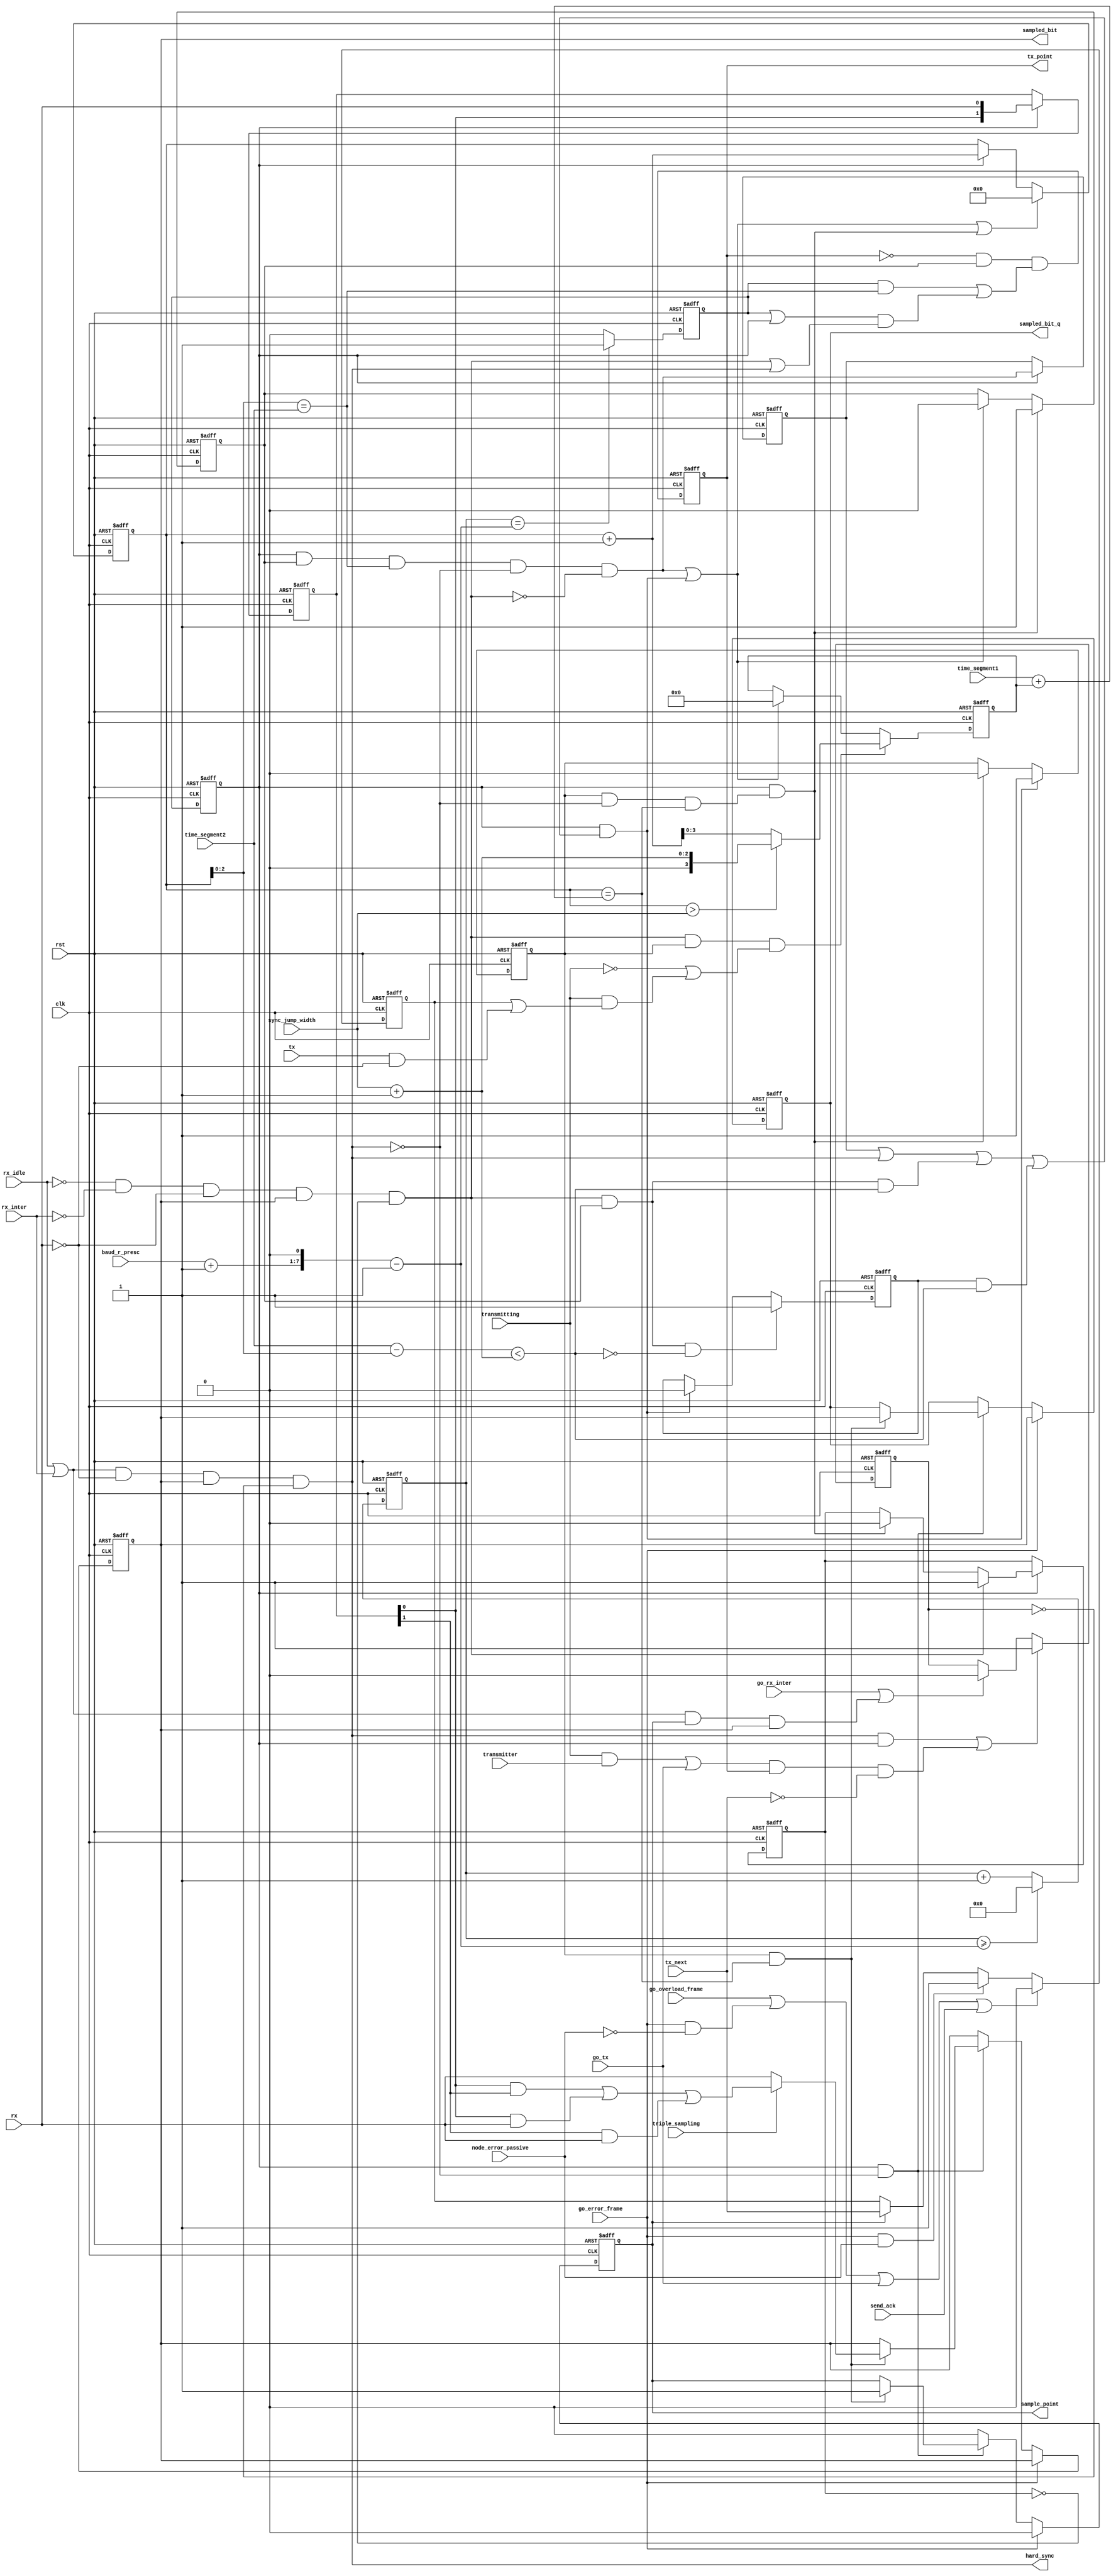
module can_btl( 
	input wire clk,
	input wire rst,
	input wire rx,
	input wire tx,

	/* Bus Timing 0 register */
	input wire [5:0] baud_r_presc,
	input wire [1:0] sync_jump_width,

	/* Bus Timing 1 register */
	input wire [3:0] time_segment1,
	input wire [2:0] time_segment2,
	input wire triple_sampling,

	/* Output signals from this module */
	output reg sample_point,
	output reg sampled_bit,
	output reg sampled_bit_q,
	output reg tx_point,
	output wire hard_sync,

	/* From can_bsp module */
	input wire rx_idle,
	input wire rx_inter,
	input wire transmitting,
	input wire transmitter,
	input wire go_rx_inter,
	input wire tx_next,

	input wire go_overload_frame,
	input wire go_error_frame,
	input wire go_tx,
	input wire send_ack,
	input wire node_error_passive);

	parameter Tp = 1;

	reg     [6:0] clk_cnt;
	reg           clk_en;
	reg           clk_en_q;
	reg           sync_blocked;
	reg           hard_sync_blocked;
	reg     [4:0] quant_cnt;
	reg     [3:0] delay;
	reg           sync;
	reg           seg1;
	reg           seg2;
	reg           resync_latched;
	reg     [1:0] sample;
	reg           tx_next_sp;

	wire          go_sync;
	wire          go_seg1;
	wire          go_seg2;
	wire [7:0]    preset_cnt;
	wire          sync_window;
	wire          resync;

	assign preset_cnt = (baud_r_presc + 1'b1)<<1;        // (BRP+1)*2
	assign hard_sync  =   (rx_idle | rx_inter)    & (~rx) & sampled_bit & (~hard_sync_blocked);  // Hard synchronization
	assign resync     =  (~rx_idle) & (~rx_inter) & (~rx) & sampled_bit & (~sync_blocked);       // Re-synchronization

	// Generating general enable signal that defines baud rate
	always @(posedge clk or posedge rst) begin
		if(rst) begin
			clk_cnt <= 7'h0;
		end else if(clk_cnt >= (preset_cnt-1'b1)) begin
			clk_cnt <=#Tp 7'h0;
		end else begin
			clk_cnt <=#Tp clk_cnt + 1'b1;
		end
	end

	always @(posedge clk or posedge rst) begin
		if(rst) begin
			clk_en  <= 1'b0;
		end else if({1'b0, clk_cnt} == (preset_cnt-1'b1)) begin
			clk_en  <=#Tp 1'b1;
		end else begin
			clk_en  <=#Tp 1'b0;
		end
	end

	always @(posedge clk or posedge rst) begin
		if(rst) begin
			clk_en_q  <= 1'b0;
		end else begin
			clk_en_q  <=#Tp clk_en;
		end
	end

	// Changing states
	assign go_sync = clk_en_q & seg2 & (quant_cnt[2:0] == time_segment2) & (~hard_sync) & (~resync);
	assign go_seg1 = clk_en_q & (sync | hard_sync | (resync & seg2 & sync_window) | (resync_latched & sync_window));
	assign go_seg2 = clk_en_q & (seg1 & (~hard_sync) & (quant_cnt == (time_segment1 + delay)));

	always @(posedge clk or posedge rst) begin
		if(rst) begin
			tx_point <= 1'b0;
		end else begin
			// When transmitter we should transmit as soon as possible.
			tx_point <=#Tp ~tx_point & seg2 & (
						clk_en & (quant_cnt[2:0] == time_segment2)
						| (clk_en | clk_en_q) & (resync | hard_sync)
					);
		end
	end

	/* When early edge is detected outside of the SJW field, synchronization request is latched and performed when
	SJW is reached */
	always @(posedge clk or posedge rst) begin
		if(rst) begin
			resync_latched <= 1'b0;
		end else if(resync & seg2 & (~sync_window)) begin
			resync_latched <=#Tp 1'b1;
		end else if(go_seg1) begin
			resync_latched <= 1'b0;
		end
	end

	// Synchronization stage/segment
	always @(posedge clk or posedge rst) begin
		if(rst) begin
			sync <= 1'b0;
		end else if(clk_en_q) begin
			sync <=#Tp go_sync;
		end
	end

	// Seg1 stage/segment (together with propagation segment which is 1 quant long)
	always @(posedge clk or posedge rst) begin
		if(rst) begin
			seg1 <= 1'b1;
		end else if(go_seg1) begin
			seg1 <=#Tp 1'b1;
		end else if(go_seg2) begin
			seg1 <=#Tp 1'b0;
		end
	end

	// Seg2 stage/segment
	always @(posedge clk or posedge rst) begin
		if(rst) begin
			seg2 <= 1'b0;
		end else if(go_seg2) begin
			seg2 <=#Tp 1'b1;
		end else if(go_sync | go_seg1) begin
			seg2 <=#Tp 1'b0;
		end
	end

	// Quant counter
	always @(posedge clk or posedge rst) begin
		if(rst) begin
			quant_cnt <= 5'h0;
		end else if(go_sync | go_seg1 | go_seg2) begin
			quant_cnt <=#Tp 5'h0;
		end else if(clk_en_q) begin
			quant_cnt <=#Tp quant_cnt + 1'b1;
		end
	end

	// When late edge is detected (in seg1 stage), stage seg1 is prolonged.
	always @(posedge clk or posedge rst) begin
		if(rst) begin
			delay <= 4'h0;
		end else if(resync & seg1 & (~transmitting | transmitting & (tx_next_sp | (tx & (~rx))))) begin
			// when transmitting 0 with positive error delay is set to 0
			delay <=#Tp (quant_cnt > {3'h0, sync_jump_width})? ({2'h0, sync_jump_width} + 1'b1) : (quant_cnt + 1'b1);
		end else if(go_sync | go_seg1) begin
			delay <=#Tp 4'h0;
		end
	end

	// If early edge appears within this window (in seg2 stage), phase error is fully compensated
	assign sync_window = ((time_segment2 - quant_cnt[2:0]) < ( sync_jump_width + 1'b1));

	// Sampling data (memorizing two samples all the time).
	always @(posedge clk or posedge rst) begin
		if(rst) begin
			sample <= 2'b11;
		end else if(clk_en_q) begin
			sample <= {sample[0], rx};
		end
	end

	// When enabled, tripple sampling is done here.
	always @(posedge clk or posedge rst) begin
		if(rst) begin
			sampled_bit <= 1'b1;
			sampled_bit_q <= 1'b1;
			sample_point <= 1'b0;
		end else if(go_error_frame) begin
			sampled_bit_q <=#Tp sampled_bit;
			sample_point <=#Tp 1'b0;
		end else if(clk_en_q & (~hard_sync)) begin
			if(seg1 & (quant_cnt == (time_segment1 + delay))) begin
				sample_point <=#Tp 1'b1;
				sampled_bit_q <=#Tp sampled_bit;
				if(triple_sampling) begin
					sampled_bit <=#Tp (sample[0] & sample[1]) | ( sample[0] & rx) | (sample[1] & rx);
				end else begin
					sampled_bit <=#Tp rx;
				end
			end
		end else begin
			sample_point <=#Tp 1'b0;
		end
	end

	// tx_next_sp shows next value that will be driven on the TX. When driving 1 and receiving 0 we
	// need to synchronize (even when we are a transmitter)
	always @(posedge clk or posedge rst) begin
		if(rst) begin
			tx_next_sp <= 1'b0;
		end else if(go_overload_frame | (go_error_frame & (~node_error_passive)) | go_tx | send_ack) begin
			tx_next_sp <=#Tp 1'b0;
		end else if(go_error_frame & node_error_passive) begin
			tx_next_sp <=#Tp 1'b1;
		end else if(sample_point) begin
			tx_next_sp <=#Tp tx_next;
		end
	end

	// Blocking synchronization (can occur only once in a bit time)
	always @(posedge clk or posedge rst) begin
		if(rst) begin
			sync_blocked <=#Tp 1'b1;
		end else if(clk_en_q) begin
			if(resync) begin
				sync_blocked <=#Tp 1'b1;
			end else if(go_seg2) begin
				sync_blocked <=#Tp 1'b0;
			end
		end
	end

	// Blocking hard synchronization when occurs once or when we are transmitting a msg
	always @(posedge clk or posedge rst) begin
		if(rst) begin
			hard_sync_blocked <=#Tp 1'b0;
		end else if(hard_sync & clk_en_q | (transmitting & transmitter | go_tx) & tx_point & (~tx_next)) begin
			hard_sync_blocked <=#Tp 1'b1;
		end else if(go_rx_inter | (rx_idle | rx_inter) & sample_point & sampled_bit) begin
			// When a glitch performed synchronization
			hard_sync_blocked <=#Tp 1'b0;
		end
	end

endmodule